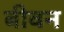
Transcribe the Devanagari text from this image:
बीवन